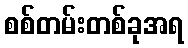
စစ်တမ်းတစ်ခုအရ